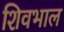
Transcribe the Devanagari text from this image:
शिवभाल